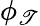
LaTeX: \phi_{\mathscr{T}}